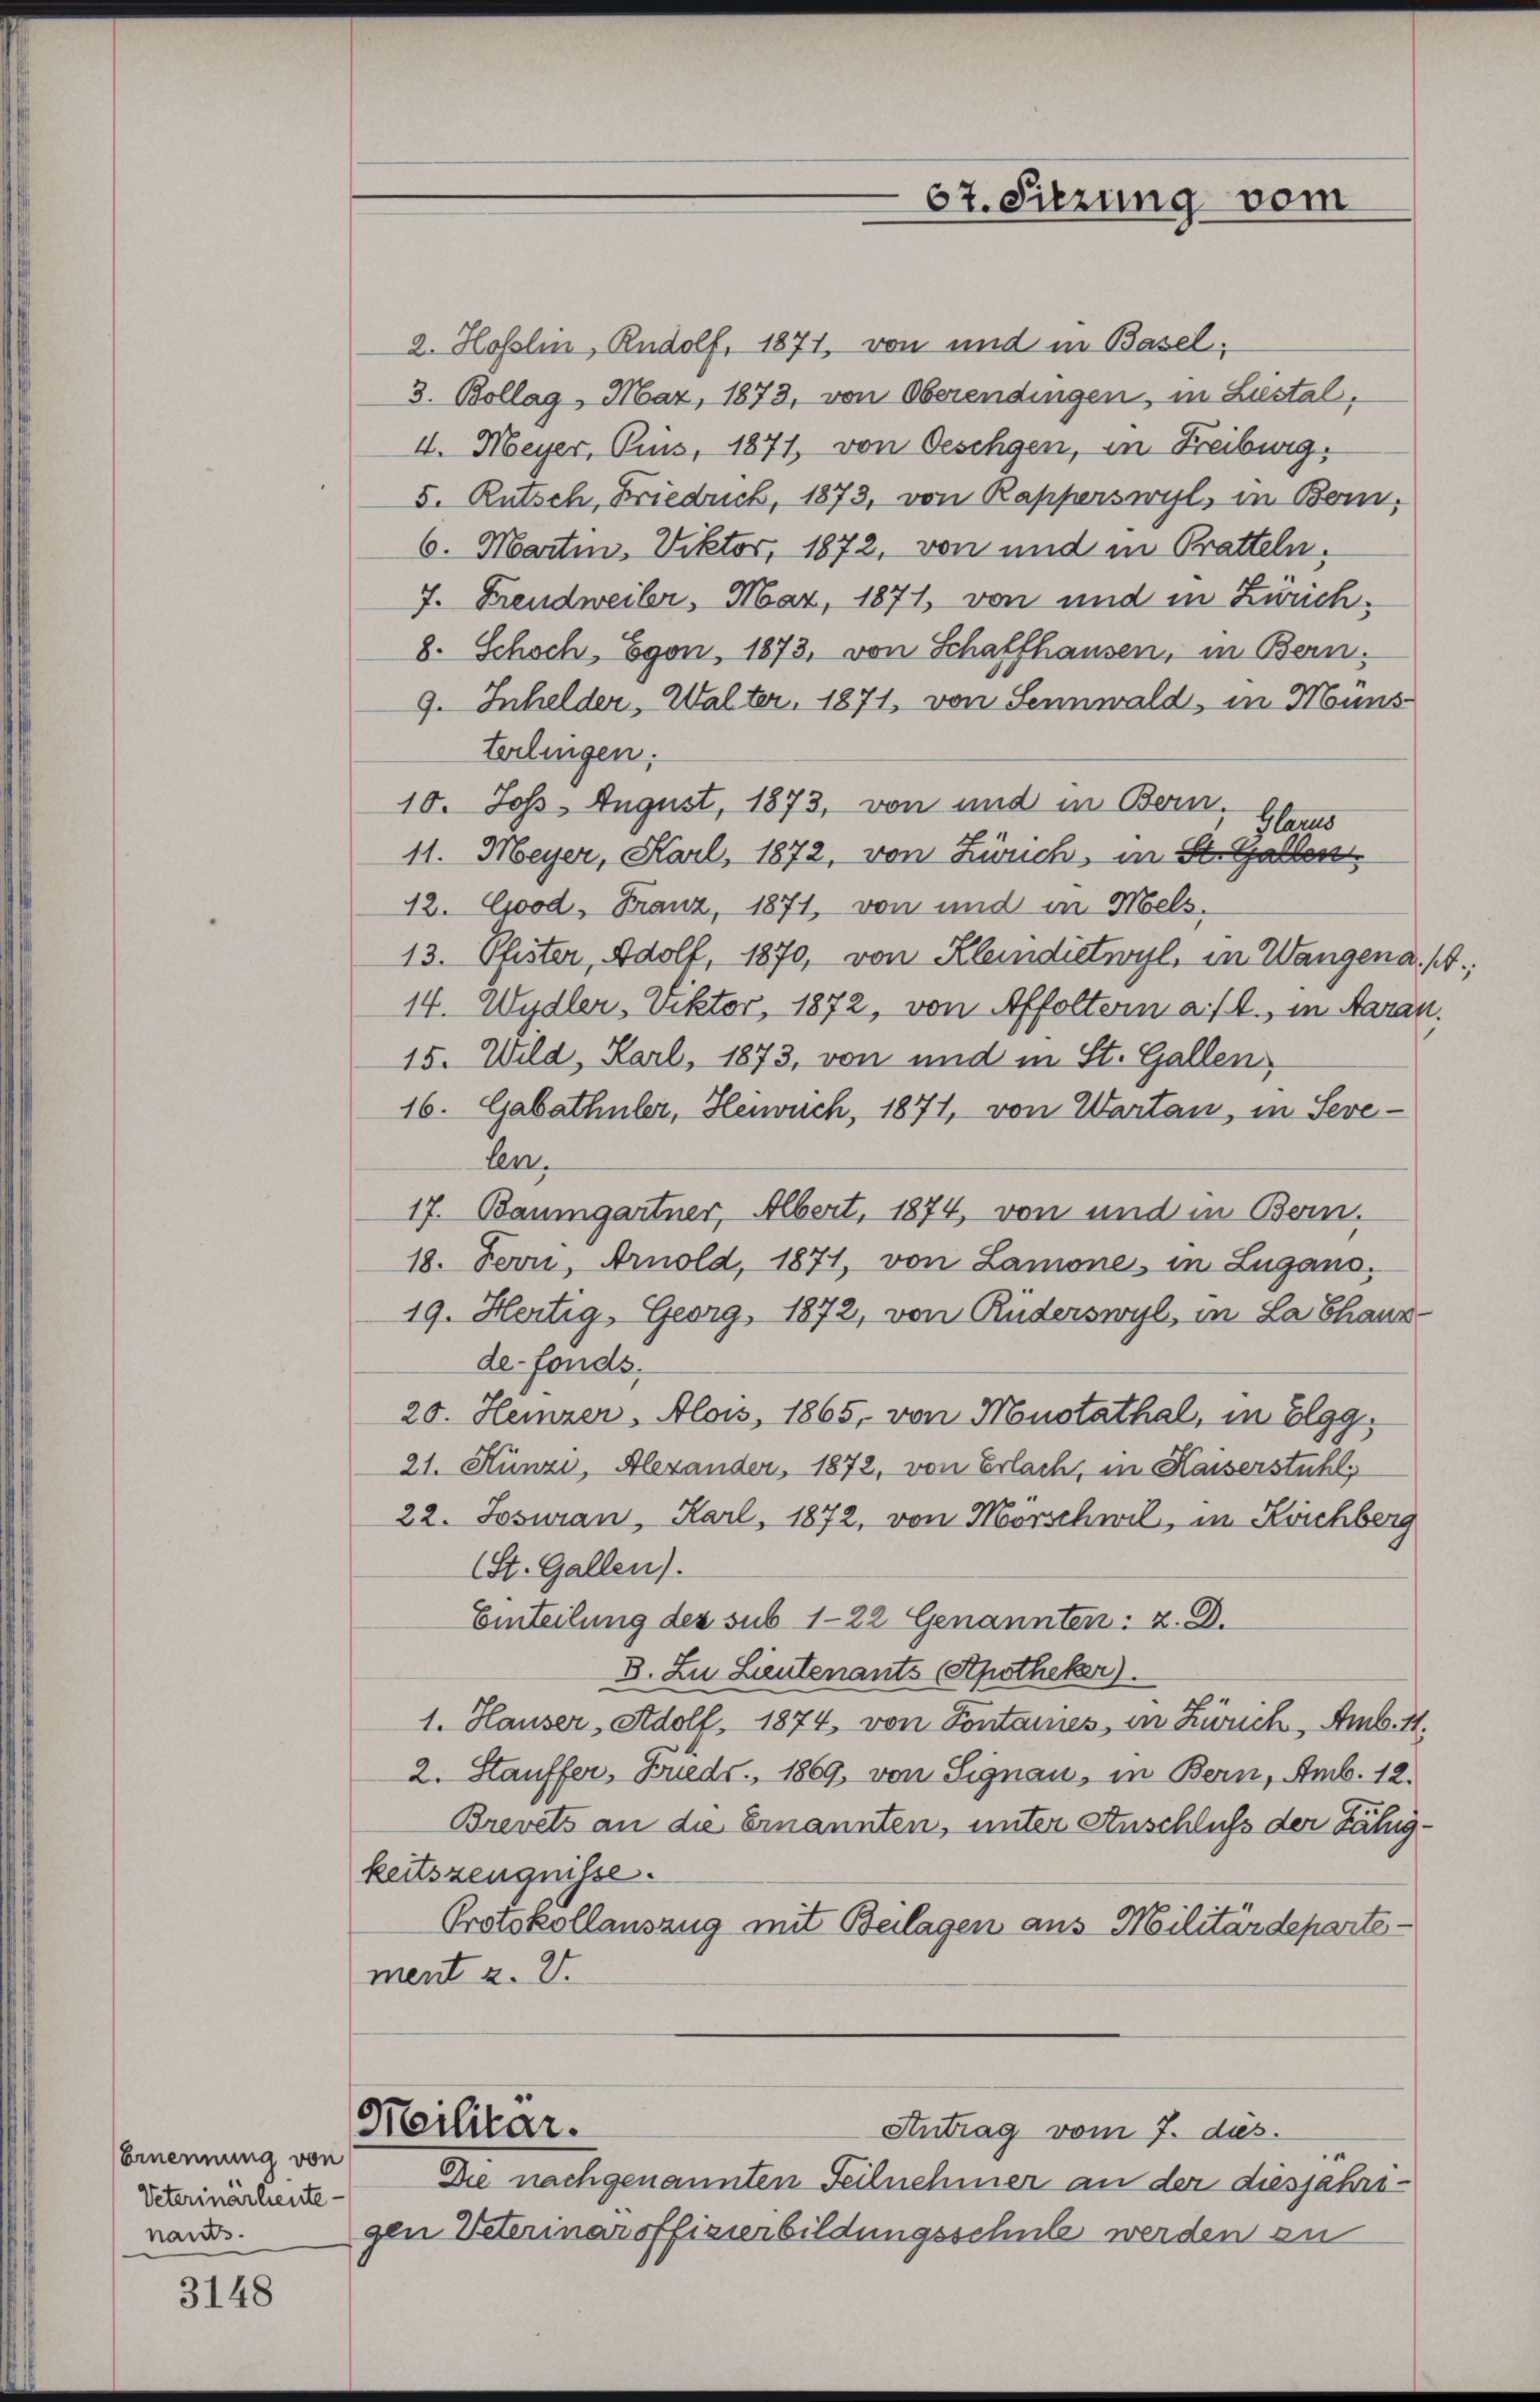
Ernennung von
Veterinarleute-
nants.

3148

Meilitar.

2. Hofslin, Rudolf, 1871, von und in Basel;
3. Bollag, Maz, 1873, von Oberendingen, in Liestal,
4. Meyer, Puis, 1871, von Oeschgen, in Freiburg.
5. Rutsch, Friedrich, 1873, von Rapperswyl, in Bern,
6. Martin. Viktor, 1872, von und in Pratteln,
7. Freudweiber, Maz, 1871, von und in Zürich¬
8. Schoch, Egon, 1873, von Schaffhausen, in Bern.
9. Inhelder, Walter, 1871, von Sennwald, in Münsterlingen.
10. Johs. August, 1873, von und in Bern,
Glarus
11. Meyer, Karl, 1872, von Zürich, in St. Gallen.
12. Good. Franz, 1871, von und in Mels,
13. Pfister, Adolf, 1870, von Kleindietwyl, in Wangen a. ff.;
14. Wydler, Viktor, 1872, von Affoltern a/A., in Aaran.
15. Wild, Karl, 1873, von und in St. Gallen
16. Gabathüler, Heuwuch, 1871, von Warten, in Sevelen.
17. Baumgartner, Albert, 1874, von und in Bern.
18. Fern, Arnold, 1871, von Lamone, in Lugans,
19. Hertig, Georg, 1872, von Rüderswyl, in La Chaus-
de-fonds.
20. Heizer, Alois, 1865, von Monotathal, in Elgg,
21. Künzi, Alexanden, 1872, von Erlach, in Kaiserstuhl,
22. Josuran, Karl, 1872, von Morschwil, in Krichberg
(St. Gallen).
Einteilung des sub 1-22 Genannten: 2. D.
3. Zu Lieutenants Apotheker)
1. Hauser, Adolf, 1874, von Fontaines, in Zürich, Amb. 11.
2. Stauffer, Breds, 1869, von Signau, in Bern, Amb. 12.
Brevets an die Ernannten, unter Anschluß der Fähigkeitszeugnisse.
Protokollauszug mit Beilagen aus Militärdepartement z. 2.

67. Sitzung vom

Antrag vom 7. ds.

.
Die nachgenannten Teilnehmer an der diesjahrsgen Veterinaroffizierbildungsschule werden zu